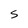
Character: S